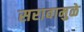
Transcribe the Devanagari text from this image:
सरावामुळे